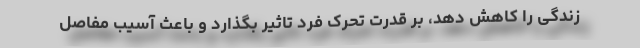
زندگی را کاهش دهد، بر قدرت تحرک فرد تاثیر بگذارد و باعث آسیب مفاصل